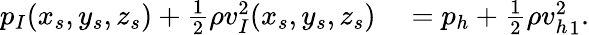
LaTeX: \begin{array}{rl}{p_{I}(x_{s},y_{s},z_{s})+\frac{1}{2}\rho{v_{I}^{2}}(x_{s},y_{s},z_{s})}&{{}={}p_{h}+\frac{1}{2}\rho{v_{h}^{2}}_{1}.}\end{array}